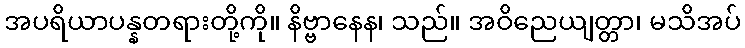
အပရိယာပန္နတရားတို့ကို။ နိဗ္ဗာနေန၊ သည်။ အဝိညေယျတ္တာ၊ မသိအပ်